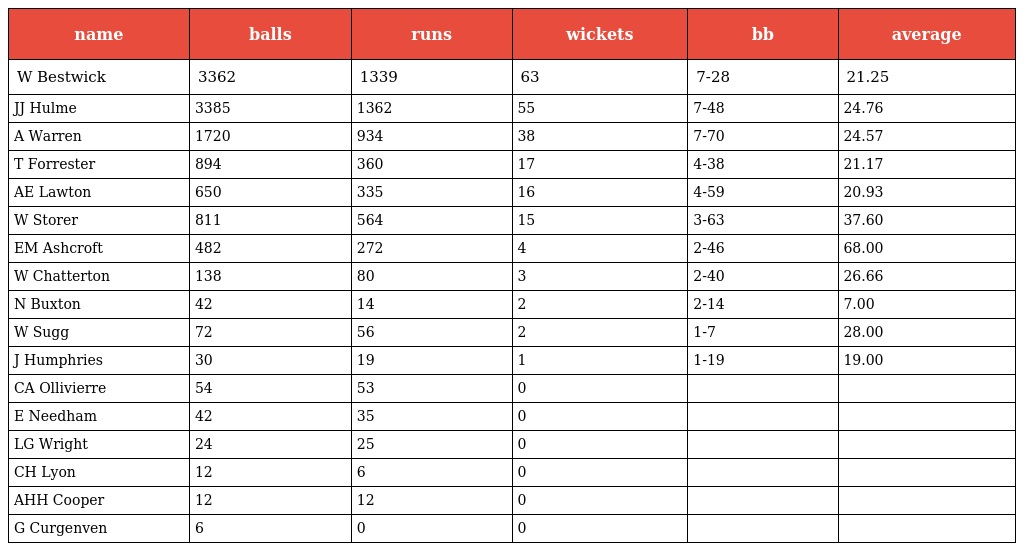
| name | balls | runs | wickets | bb | average |
 | --- | --- | --- | --- | --- | --- |
 | W Bestwick | 3362 | 1339 | 63 | 7-28 | 21.25 |
 | JJ Hulme | 3385 | 1362 | 55 | 7-48 | 24.76 |
 | A Warren | 1720 | 934 | 38 | 7-70 | 24.57 |
 | T Forrester | 894 | 360 | 17 | 4-38 | 21.17 |
 | AE Lawton | 650 | 335 | 16 | 4-59 | 20.93 |
 | W Storer | 811 | 564 | 15 | 3-63 | 37.60 |
 | EM Ashcroft | 482 | 272 | 4 | 2-46 | 68.00 |
 | W Chatterton | 138 | 80 | 3 | 2-40 | 26.66 |
 | N Buxton | 42 | 14 | 2 | 2-14 | 7.00 |
 | W Sugg | 72 | 56 | 2 | 1-7 | 28.00 |
 | J Humphries | 30 | 19 | 1 | 1-19 | 19.00 |
 | CA Ollivierre | 54 | 53 | 0 |  |  |
 | E Needham | 42 | 35 | 0 |  |  |
 | LG Wright | 24 | 25 | 0 |  |  |
 | CH Lyon | 12 | 6 | 0 |  |  |
 | AHH Cooper | 12 | 12 | 0 |  |  |
 | G Curgenven | 6 | 0 | 0 |  |  |